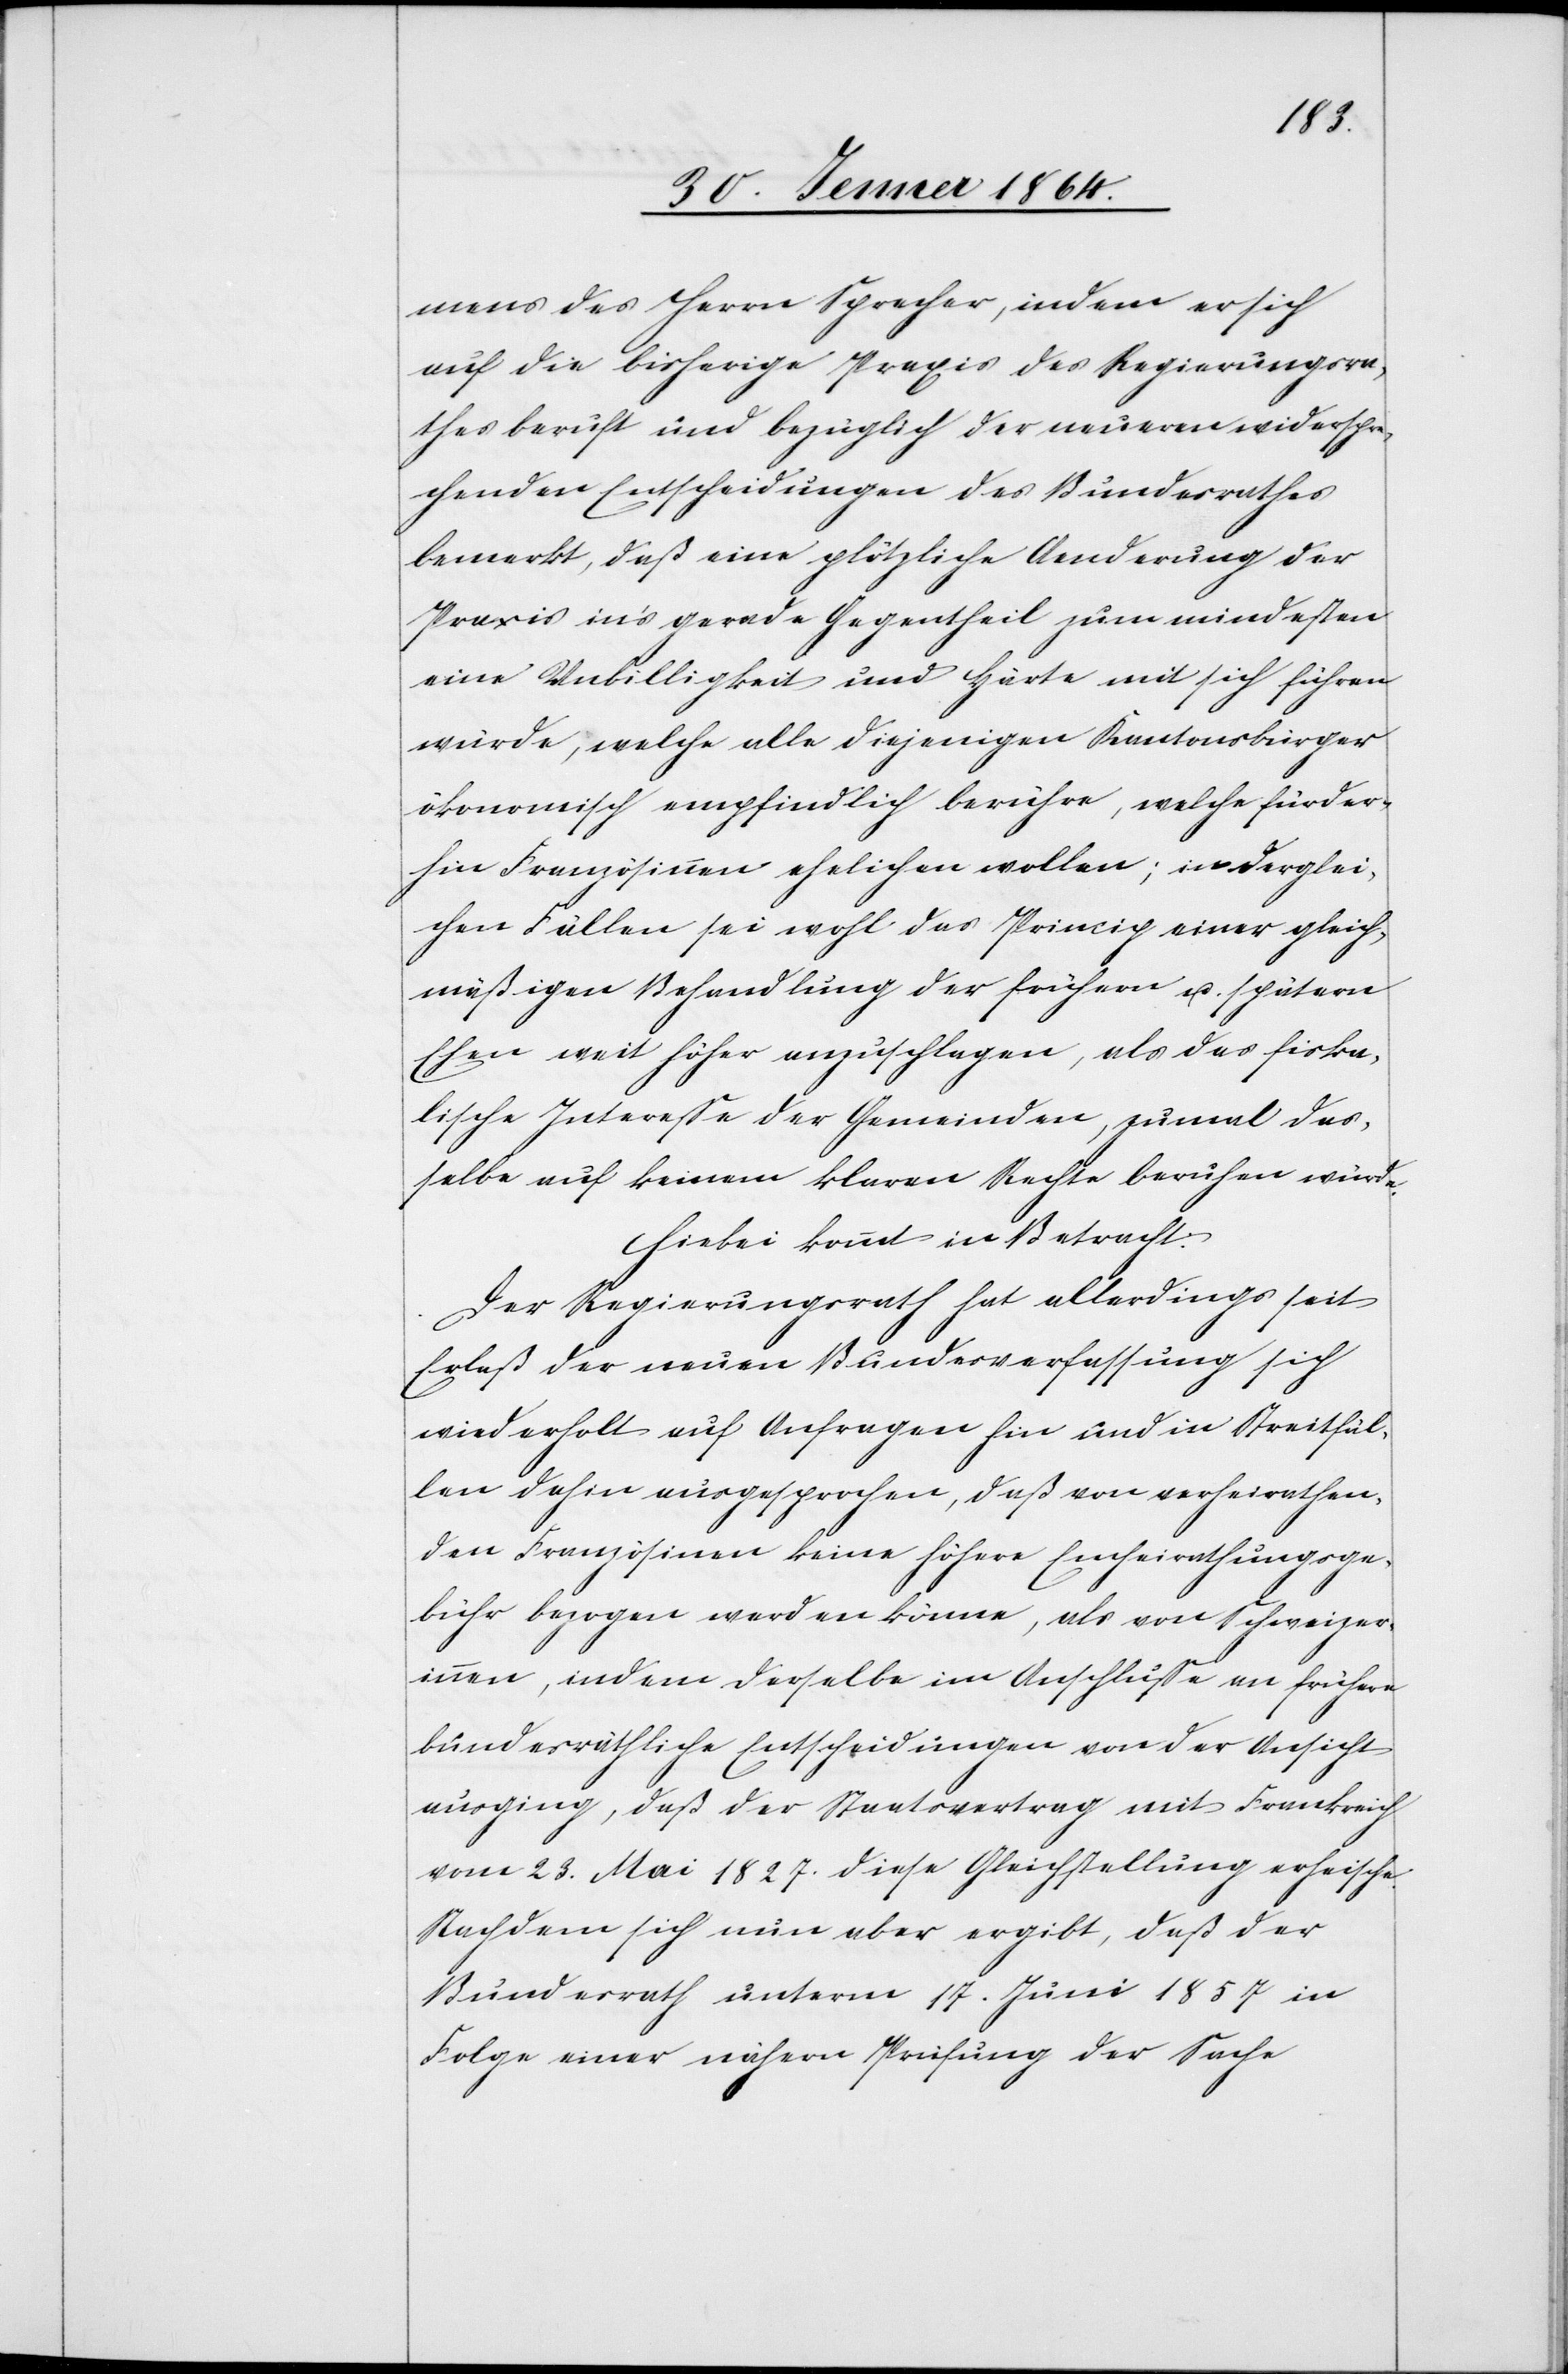
mens des Herrn Sprecher, indem er sich
auf die bisherige Praxis des Regierungsra¬
thes beruft und bezüglich der neueren widerspre¬
chenden Entscheidungen des Bundesrathes
bemerkt, daß eine plötzliche Aenderung der
Praxis in’s gerade Gegentheil zum mindesten
eine Unbilligkeit und Härte mit sich führen
würde, welche alle diejenigen Kantonsbürger
ökonomisch empfindlich berühre, welche fürder¬
hin Französinnen ehelichen wollen; in derglei¬
chen Fällen sei wohl das Princip einer gleich¬
mäßigen Behandlung der frühern u. spätern
Ehen weit höher anzuschlagen, als das fiska¬
lische Interesse der Gemeinden, zumal das¬
selbe auf keinen klaren Regeln beruhen würde.
Hiebei kommt in Betracht:
Der Regierungsrath hat allerdings seit
Erlaß der neuen Bundesverfassung sich
wiederholt auf Anfragen hin und in Streitfäl¬
len dahin ausgesprochen, daß von verheirathen¬
den Französinen keine höhere Einheirathungsge¬
bühr bezogen werden könne, als von Schweizer¬
innen, indem dieselbe im Anschlusse an frühere
bundesräthliche Entscheidungen von der Ansicht
ausging, daß der Staatsvertrag mit Frankreich
vom 23. Mai 1827. diese Gleichstellung erheische.
Nachdem sich nun aber ergibt, daß der
Bundesrath unterm 17. Juni 1857 in
Folge einer nähern Prüfung der Sache